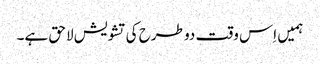
ہمیں اِس وقت دو طرح کی تشویش لاحق ہے۔